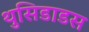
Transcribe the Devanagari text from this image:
थुसिडाडस